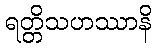
ရတ္တိသဟဿာနိ